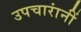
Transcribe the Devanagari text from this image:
उपचारांनीं